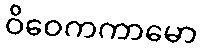
ဝိဝေကကာမော